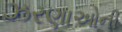
ઝરણાઓની